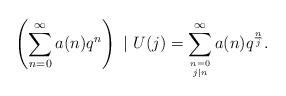
LaTeX: \begin{align*} \left( \sum_{n=0}^\infty a(n)q^n \right)\ |\ U(j) = \sum_{\genfrac{}{}{0pt}{}{n=0}{j|n}}^\infty a(n)q^{\frac{n}{j}}.\end{align*}